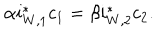
\alpha i _ { W , 1 } ^ { * } c _ { 1 } = \beta i _ { W , 2 } ^ { * } c _ { 2 } .